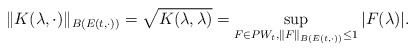
\begin{align*} \| K ( \lambda , \cdot ) \|_{B(E(t, \cdot) )} = \sqrt{K(\lambda, \lambda) } = \sup\limits_{F\in PW_t, \| F \|_{ B( E(t,\cdot ) ) } \leq 1 } | F(\lambda) |.\end{align*}